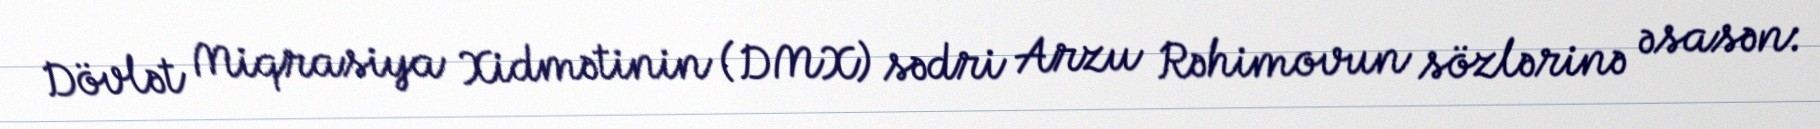
Dövlət Miqrasiya Xidmətinin (DMX) sədri Arzu Rəhimovun sözlərinə əsasən: